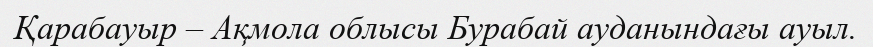
Қарабауыр – Ақмола облысы Бурабай ауданындағы ауыл.